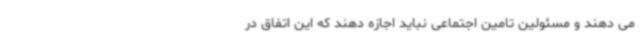
می دهند و مسئولین تامین اجتماعی نباید اجازه دهند که این اتفاق در